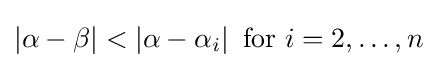
\left|\alpha -\beta \right|<\left|\alpha -\alpha _{i}\right|{\text{ for }}i=2,\dots ,n